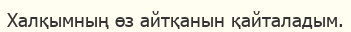
Халқымның өз айтқанын қайталадым.